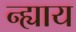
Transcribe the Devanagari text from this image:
न्ह्याय